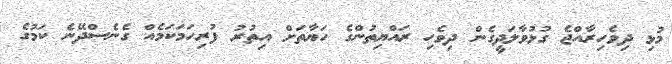
މުޅި ދިވެހިރާއްޖެ ގުޅުވާލަދީގެން ދިވެހި ރައްޔިތުންގެ ހަޔާތަށް އިތުރު ފުރިހަމަކަމެއް ގެނެސްދޭނެ ކަމުގެ